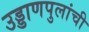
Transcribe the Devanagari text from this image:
उड्डाणपुलांची